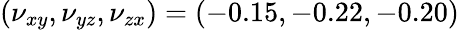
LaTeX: (\nu_{xy},\nu_{yz},\nu_{zx})=(-0.15,-0.22,-0.20)